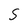
Character: 5